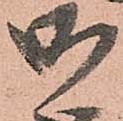
御